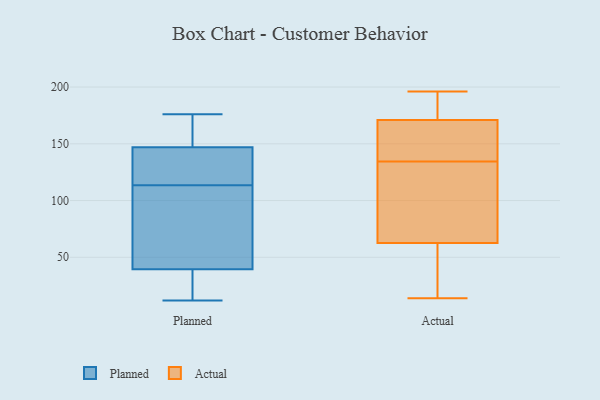
{"axis": {"x": "Gross Profit (USD K)", "y": "Value"}, "legend": ["Actual", "Planned"], "data": [{"x": "", "y": 142, "type": "Planned"}, {"x": "", "y": 152, "type": "Planned"}, {"x": "", "y": 99, "type": "Planned"}, {"x": "", "y": 149, "type": "Planned"}, {"x": "", "y": 75, "type": "Planned"}, {"x": "", "y": 12, "type": "Planned"}, {"x": "", "y": 38, "type": "Planned"}, {"x": "", "y": 145, "type": "Planned"}, {"x": "", "y": 128, "type": "Planned"}, {"x": "", "y": 30, "type": "Planned"}, {"x": "", "y": 176, "type": "Planned"}, {"x": "", "y": 41, "type": "Planned"}, {"x": "", "y": 167, "type": "Actual"}, {"x": "", "y": 43, "type": "Actual"}, {"x": "", "y": 186, "type": "Actual"}, {"x": "", "y": 108, "type": "Actual"}, {"x": "", "y": 154, "type": "Actual"}, {"x": "", "y": 128, "type": "Actual"}, {"x": "", "y": 84, "type": "Actual"}, {"x": "", "y": 196, "type": "Actual"}, {"x": "", "y": 175, "type": "Actual"}, {"x": "", "y": 36, "type": "Actual"}, {"x": "", "y": 158, "type": "Actual"}, {"x": "", "y": 50, "type": "Actual"}, {"x": "", "y": 64, "type": "Actual"}, {"x": "", "y": 141, "type": "Actual"}, {"x": "", "y": 61, "type": "Actual"}, {"x": "", "y": 188, "type": "Actual"}, {"x": "", "y": 71, "type": "Actual"}, {"x": "", "y": 14, "type": "Actual"}, {"x": "", "y": 163, "type": "Actual"}, {"x": "", "y": 182, "type": "Actual"}]}